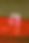
এ